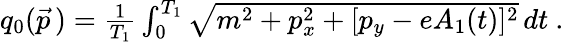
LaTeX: \begin{array}{r}{q_{0}(\vec{p}\, )=\frac{1}{T_{1}}\int_{0}^{T_{1}}\sqrt{m^{2}+p_{x}^{2}+[p_{y}-eA_{1}(t)]^{2}}\, dt\ .}\end{array}